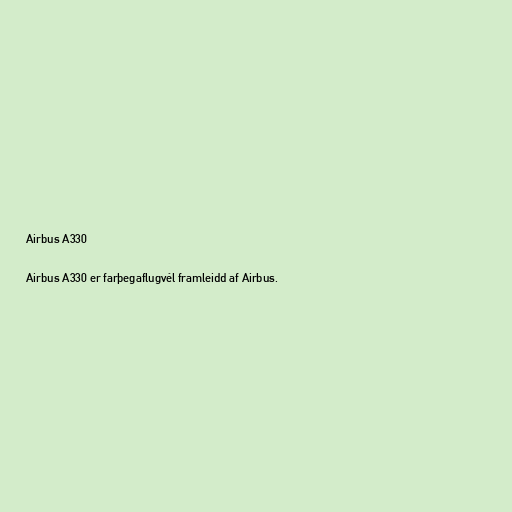
Airbus A330

Airbus A330 er farþegaflugvél framleidd af Airbus.